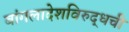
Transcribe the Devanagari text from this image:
बांगलादेशविरुद्धची